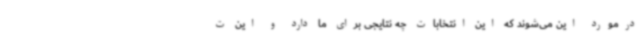
درمورد این می‌شوند که این انتخابات چه نتایجی برای ما دارد و این ت